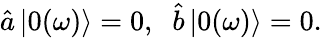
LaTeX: {\hat{a}}\, {|0(\omega)\rangle}=0,\; \; {\hat{b}}\, |0(\omega)\rangle=0.